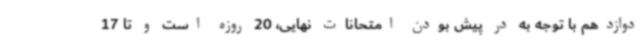
دوازدهم با توجه به در پیش بودن امتحانات نهایی، 20 روزه است و تا 17